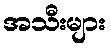
အသီးများ